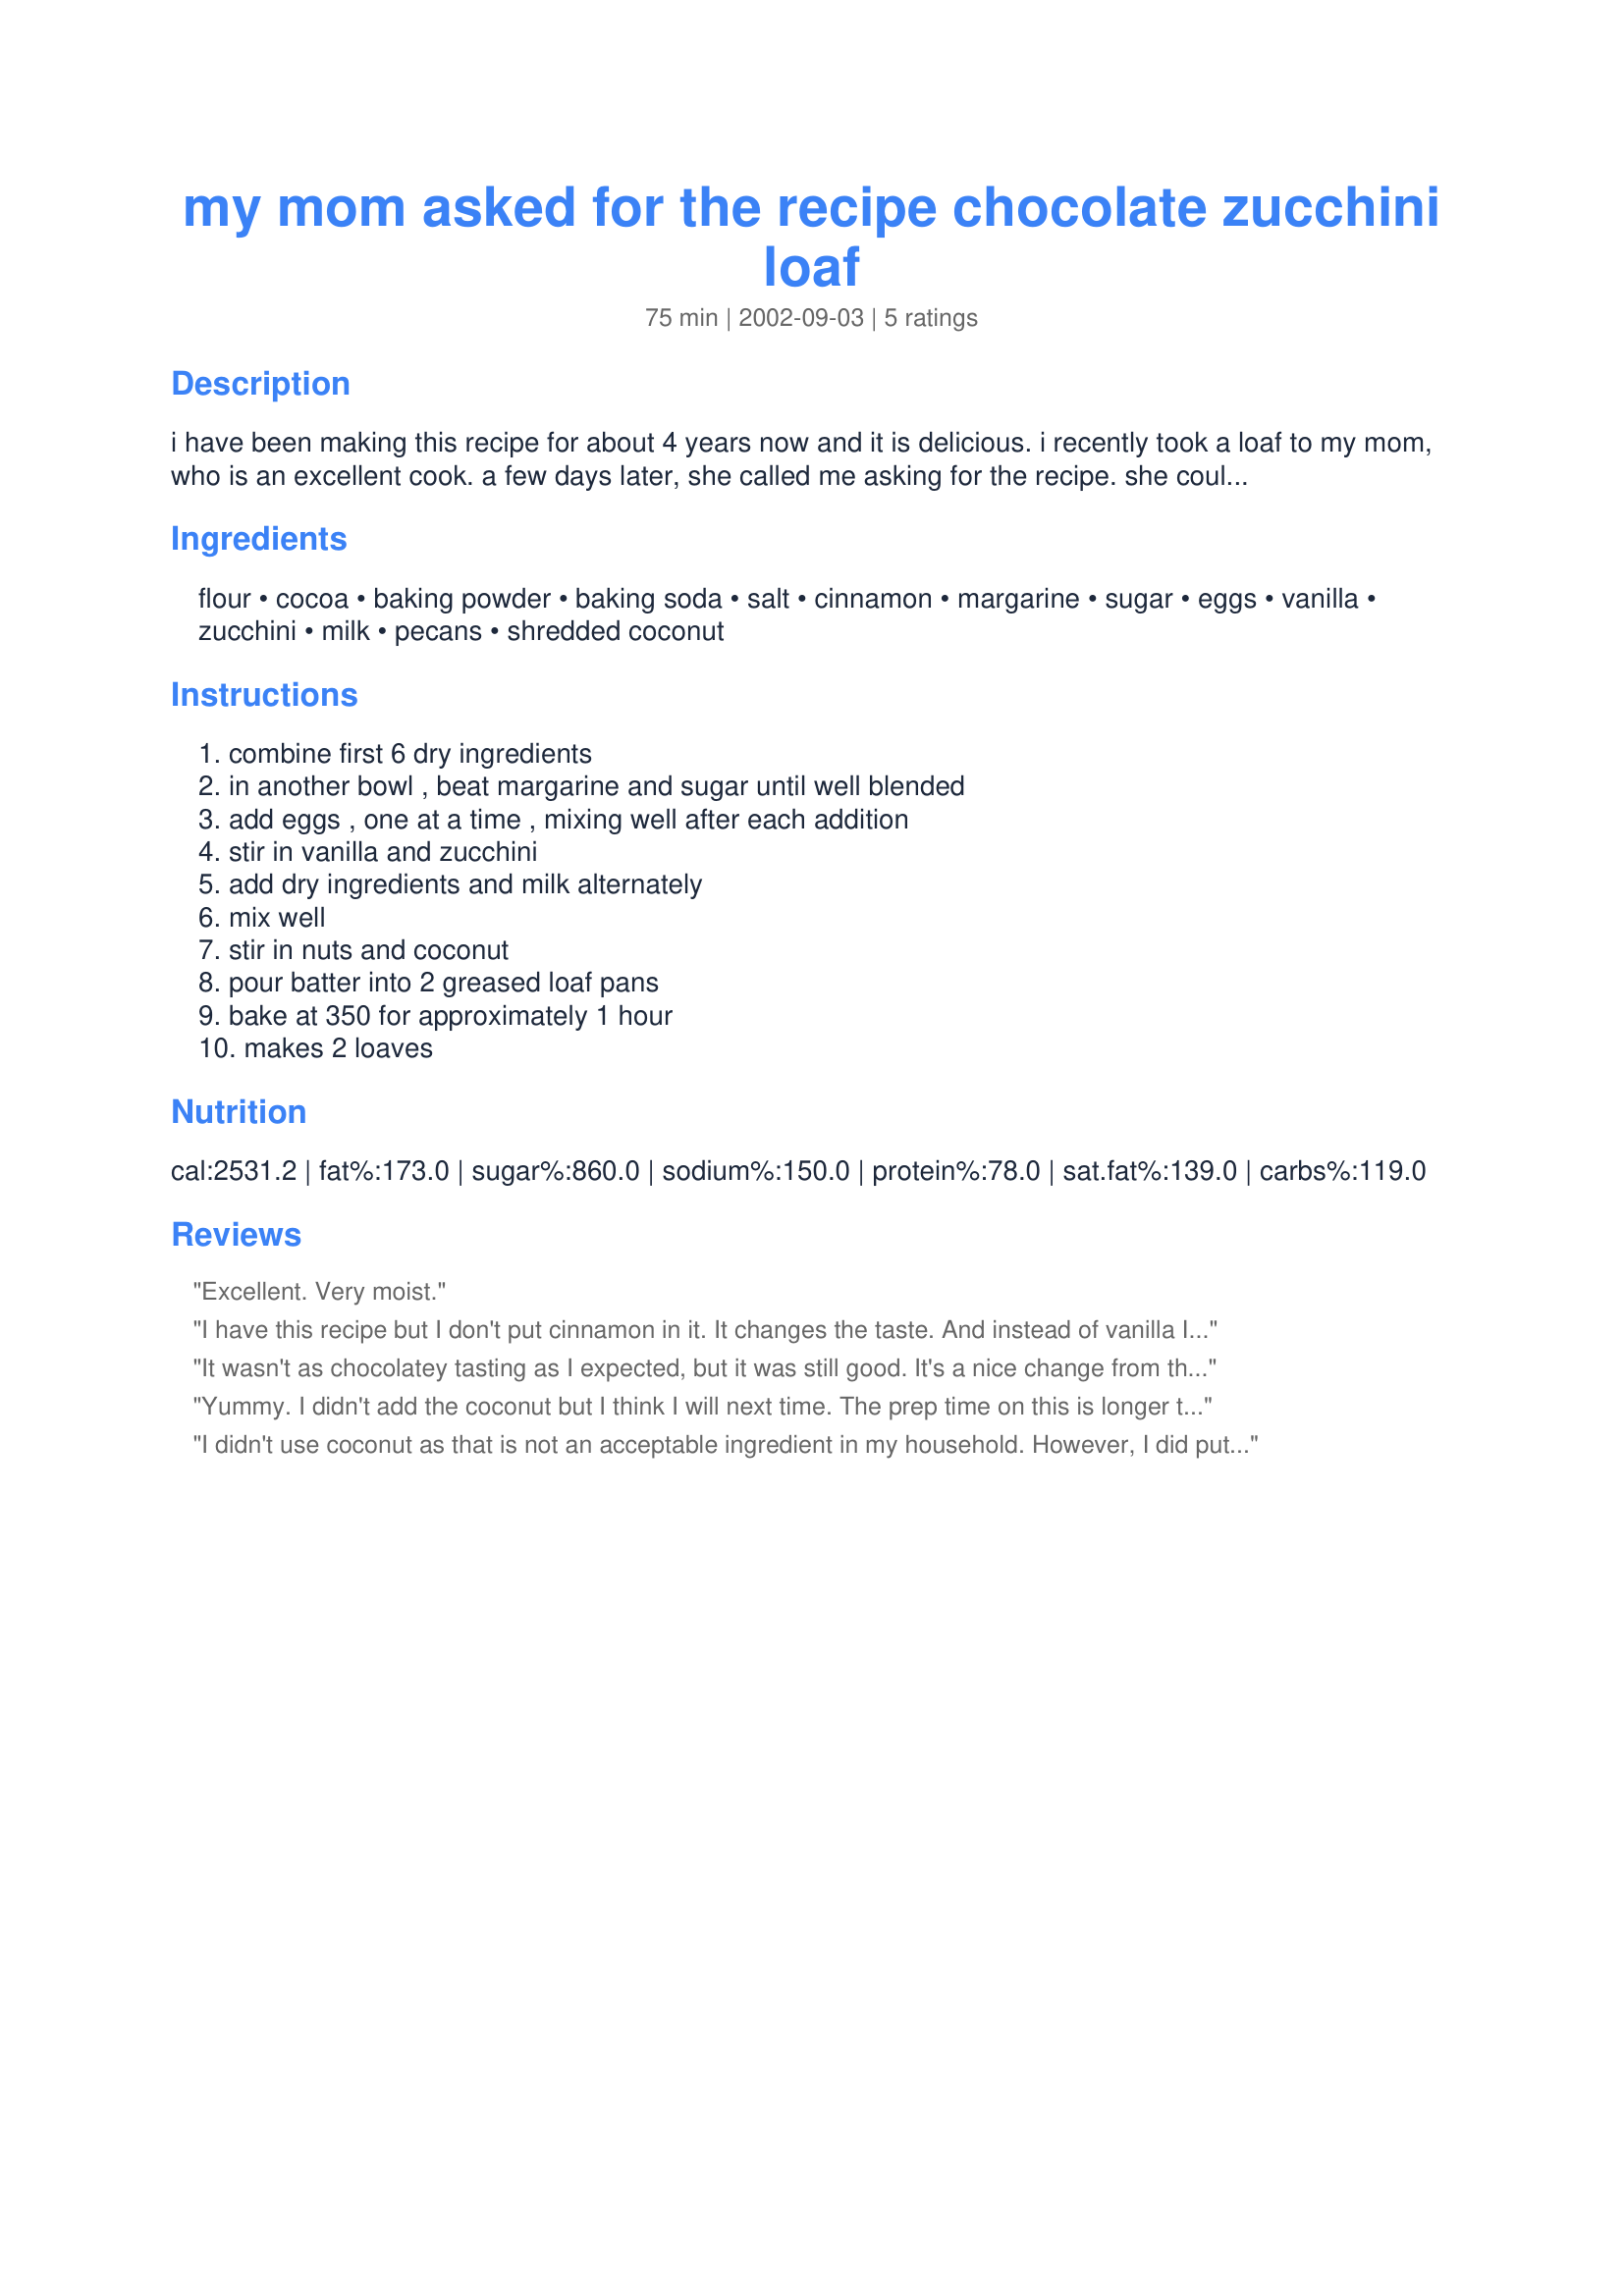
my mom asked for the recipe chocolate zucchini loaf
Preparation time: 75 minutes

i have been making this recipe for about 4 years now and it is delicious. i recently took a loaf to my mom, who is an excellent cook. a few days later, she called me asking for the recipe. she couldn't stop raving about how delicious it was and to me, that says a lot. hope you enjoy it.

Ingredients:
flour, cocoa, baking powder, baking soda, salt, cinnamon, margarine, sugar, eggs, vanilla, zucchini, milk, pecans, shredded coconut

Steps:
combine first 6 dry ingredients, in another bowl , beat margarine and sugar until well blended, add eggs , one at a time , mixing well after each addition, stir in vanilla and zucchini, add dry ingredients and milk alternately, mix well, stir in nuts and coconut, pour batter into 2 greased loaf pans, bake at 350 for approximately 1 hour, makes 2 loaves

Reviews:
Excellent. Very moist.
I have this recipe but I don't put cinnamon in it. It changes the taste. And instead of vanilla I put cherry extract in it. Excellent !
It wasn't as chocolatey tasting as I expected, but it was still good. It's a nice change from the regular zucchini loaf.
Yummy. I didn't add the coconut but I think I will next time. The prep time on this is longer than 15 mins though, which is a big deal when you're 3 month old is screaming as your tring to mix in ingredients. My husband wants me to make this all the time, so it is definately a hit.
I didn't use coconut as that is not an acceptable ingredient in my household. However, I did put in the one cup of chopped pecans. The next time I would add another teaspoon of cinnamon and then it would truly be a five star recipe. This is a very moist loaf. I also used smaller loaf pans and this made four small loafs and I baked them for only 45 minutes.
